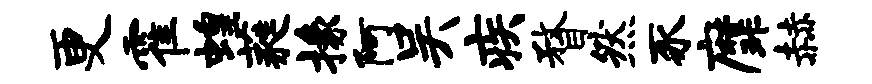
更霍蝗蕤掾阿吴疾瞀然豕縻赫